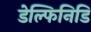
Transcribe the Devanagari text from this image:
डेल्फिनिडि